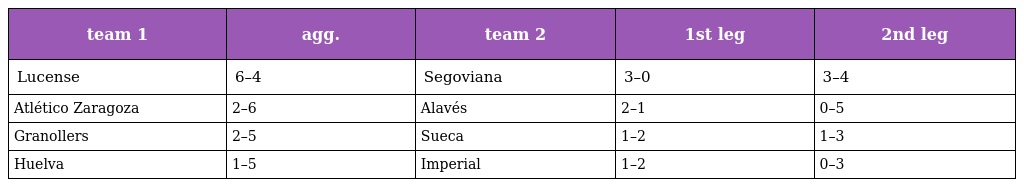
| team 1 | agg. | team 2 | 1st leg | 2nd leg |
 | --- | --- | --- | --- | --- |
 | Lucense | 6–4 | Segoviana | 3–0 | 3–4 |
 | Atlético Zaragoza | 2–6 | Alavés | 2–1 | 0–5 |
 | Granollers | 2–5 | Sueca | 1–2 | 1–3 |
 | Huelva | 1–5 | Imperial | 1–2 | 0–3 |